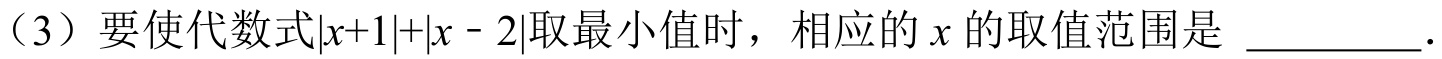
（3）要使代数式\(\vert x + 1\vert+\vert x - 2\vert\)取最小值时，相应的\(x\)的取值范围是 \_\_\_\_\_\_\_ .